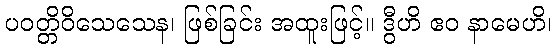
ပဝတ္တိဝိသေသေန၊ ဖြစ်ခြင်း အထူးဖြင့်။ ဒွီဟိ ဧဝ နာမေဟိ၊